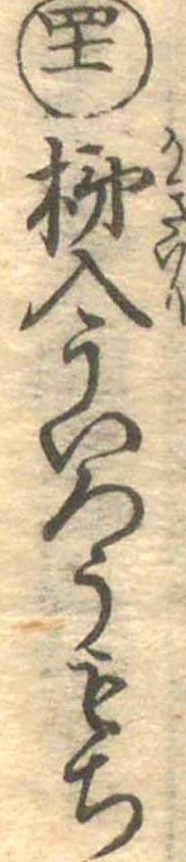
四十一柿入ういろうもち